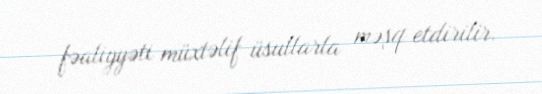
fəaliyyəti müxtəlif üsullarla məşq etdirilir.